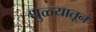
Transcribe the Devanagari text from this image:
धुळ्यातून